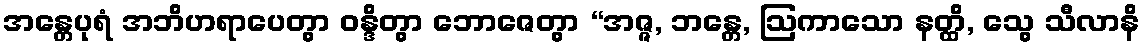
အန္တေပုရံ အဘိဟရာပေတွာ ဝန္ဒိတွာ ဘောဇေတွာ “အဇ္ဇ, ဘန္တေ, ဩကာသော နတ္ထိ, သွေ သီလာနိ